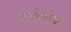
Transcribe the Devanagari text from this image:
आर्कधर्माध्यक्ष